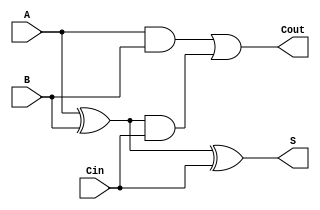
module CarryLookaheadFullAdder (
    input wire A,      // First binary input
    input wire B,      // Second binary input
    input wire Cin,    // Carry-in input
    output wire S,     // Sum output
    output wire Cout    // Carry-out output
);

    // Internal signals
    wire G;           // Generate signal
    wire P;           // Propagate signal
    wire C1;          // Intermediate carry

    // Generate and Propagate logic
    assign G = A & B;          // Generate: G = A * B
    assign P = A ^ B;          // Propagate: P = A XOR B

    // Carry-out logic
    assign Cout = G | (P & Cin); // Cout = G + (P * Cin)

    // Sum logic
    assign S = P ^ Cin;        // S = P XOR Cin

endmodule